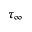
\tau _ { \infty }